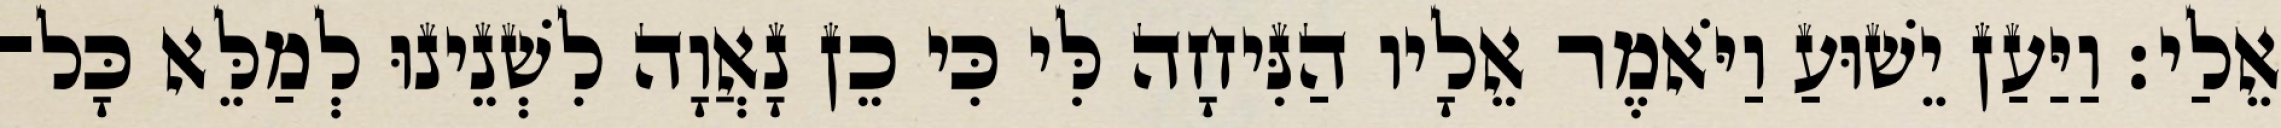
אֵלַי׃ וַיַּעַן יֵשׁוּעַ וַיֹּאמֶר אֵלָיו הַנִּיחָה לִּי כִּי כֵן נָאֲוָה לִשְׁנֵינוּ לְמַלֵּא כָּל־